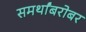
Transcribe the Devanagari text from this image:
समर्थांबरोबर